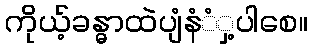
ကိုယ့်ခန္ဓာထဲပျံနံံှ့ပါစေ။